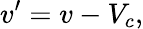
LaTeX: v^{\prime}=v-V_{c},